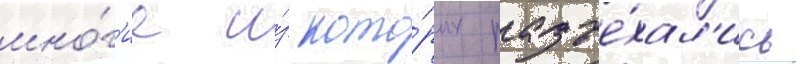
мно́г'ие и́з кото́рых разъе́хал'ись